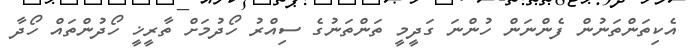
އެކިތަންތަނުން ފެންނަން ހުންނަ ގަދީމީ ތަންތަނުގެ ސިއްރު ހޯދުމަށް ތާރީޚީ ހޯދުންތައް ހޯދާ